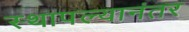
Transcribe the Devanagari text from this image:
स्थापल्यानंतर